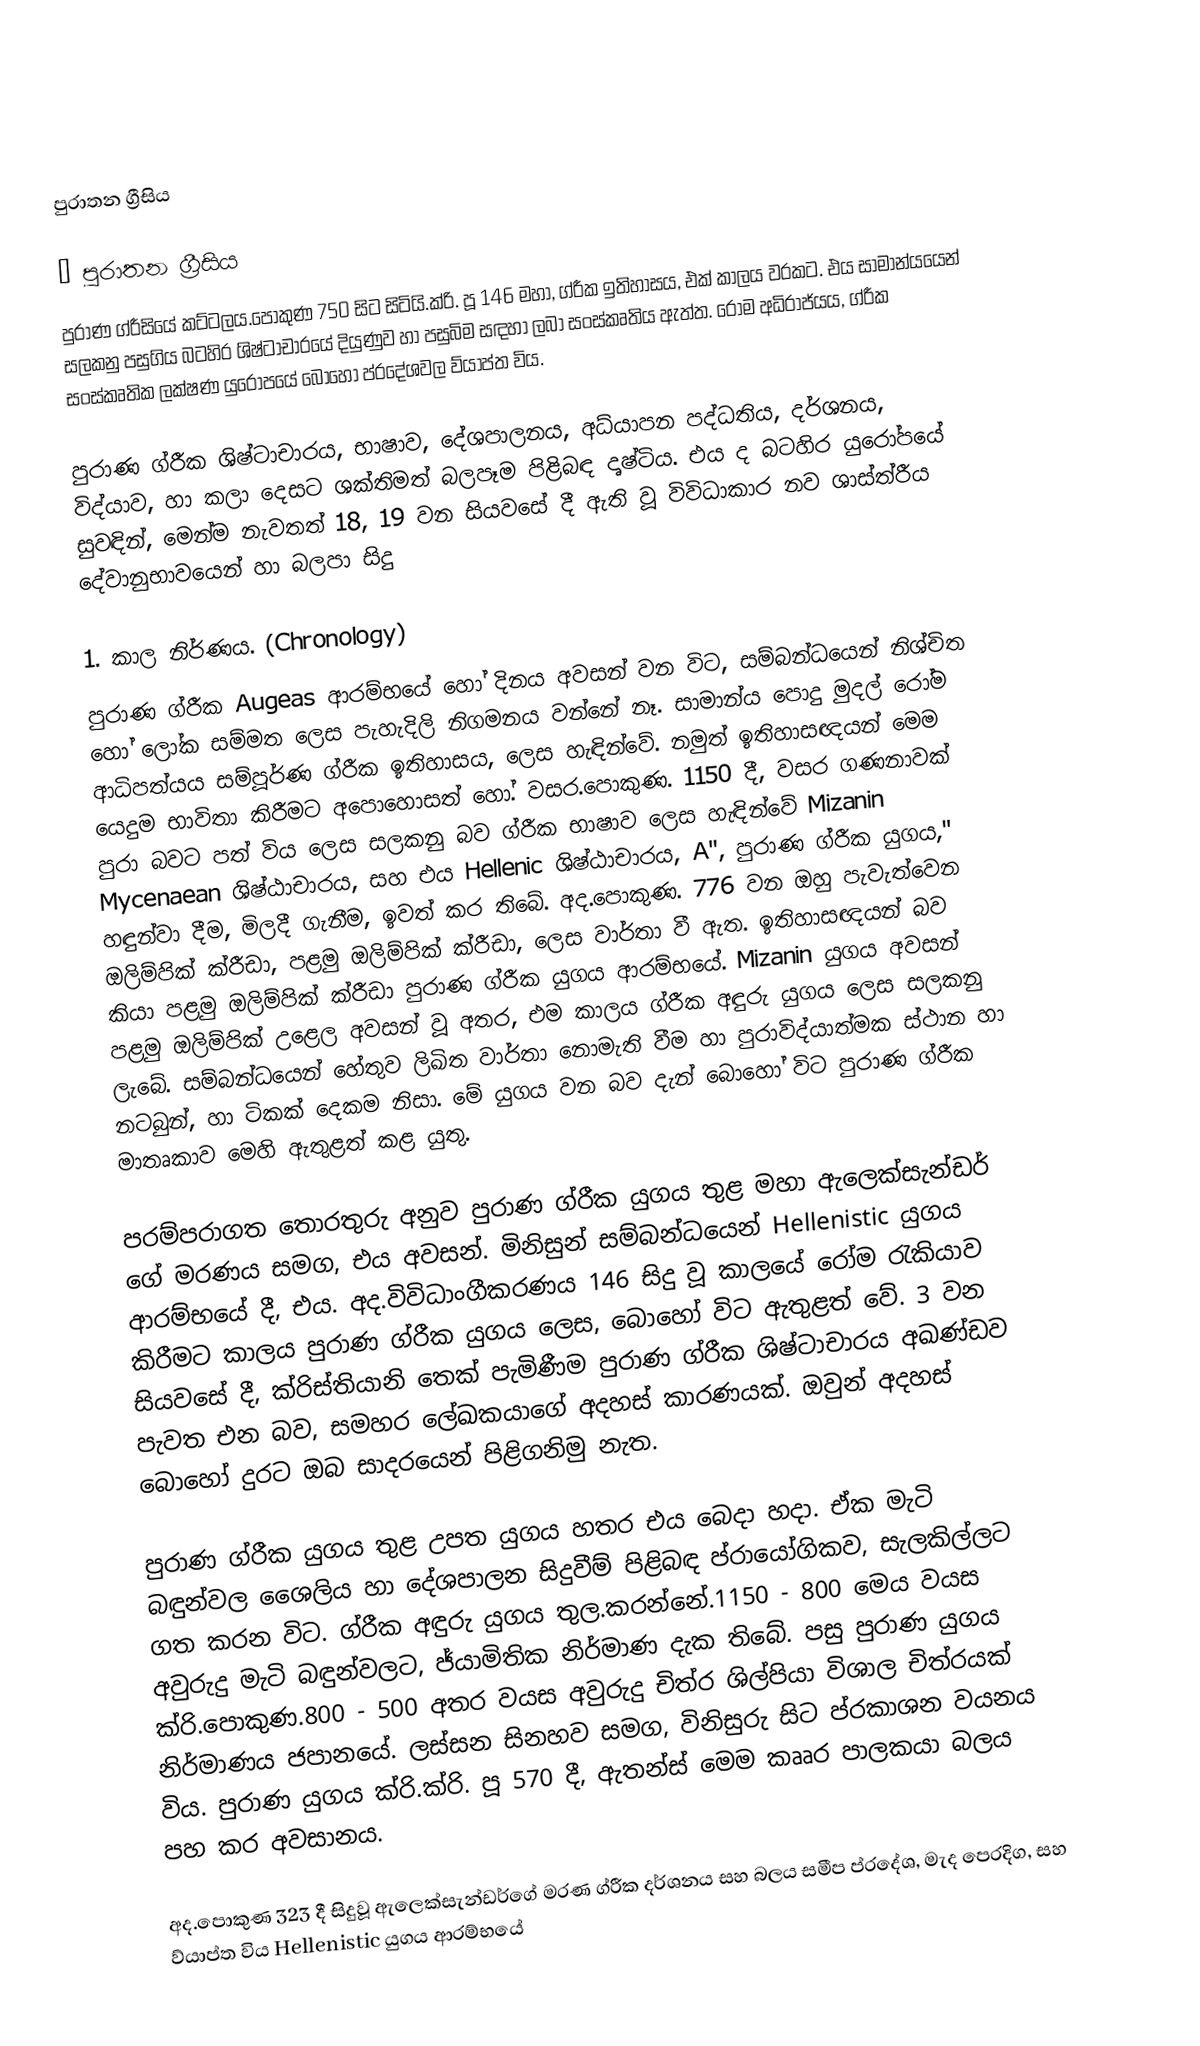

පුරාතන ග්‍රීසිය

★ පුරාතන ග්‍රීසිය
පුරාණ ග්රීසියේ කට්ටලය.පොකුණ 750 සිට සිටියි.ක්රි. පූ 146 මහා, ග්රීක ඉතිහාසය, එක් කාලය වරකට. එය සාමාන්යයෙන් සලකනු පසුගිය බටහිර ශිෂ්ටාචාරයේ දියුණුව හා පසුබිම සඳහා ලබා සංස්කෘතිය ඇත්ත. රෝම අධිරාජ්යය, ග්රීක සංස්කෘතික ලක්ෂණ යුරෝපයේ බොහෝ ප්රදේශවල ව්යාප්ත විය.

පුරාණ ග්රීක ශිෂ්ටාචාරය, භාෂාව, දේශපාලනය, අධ්යාපන පද්ධතිය, දර්ශනය, විද්යාව, හා කලා දෙසට ශක්තිමත් බලපෑම පිළිබඳ දෘෂ්ටිය. එය ද බටහිර යුරෝපයේ සුවඳින්, මෙන්ම නැවතත් 18, 19 වන සියවසේ දී ඇති වූ විවිධාකාර නව ශාස්ත්රීය දේවානුභාවයෙන් හා බලපා සිදු

1. කාල නිර්ණය. (Chronology)
පුරාණ ග්රීක Augeas ආරම්භයේ හෝ දිනය අවසන් වන විට, සම්බන්ධයෙන් නිශ්චිත හෝ ලෝක සම්මත ලෙස පැහැදිලි නිගමනය වන්නේ නෑ. සාමාන්ය පොදු මුදල් රෝම ආධිපත්යය සම්පූර්ණ ග්රීක ඉතිහාසය, ලෙස හැඳින්වේ. නමුත් ඉතිහාසඥයන් මෙම යෙදුම භාවිතා කිරීමට අපොහොසත් හෝ. වසර.පොකුණ. 1150 දී, වසර ගණනාවක් පුරා බවට පත් විය ලෙස සලකනු බව ග්රීක භාෂාව ලෙස හැඳින්වේ Mizanin Mycenaean ශිෂ්ඨාචාරය, සහ එය Hellenic ශිෂ්ඨාචාරය, A", පුරාණ ග්රීක යුගය," හඳුන්වා දීම, මිලදී ගැනීම, ඉවත් කර තිබේ. අද.පොකුණ. 776 වන ඔහු පැවැත්වෙන ඔලිම්පික් ක්රීඩා, පළමු ඔලිම්පික් ක්රීඩා, ලෙස වාර්තා වී ඇත. ඉතිහාසඥයන් බව කියා පළමු ඔලිම්පික් ක්රීඩා පුරාණ ග්රීක යුගය ආරම්භයේ. Mizanin යුගය අවසන් පළමු ඔලිම්පික් උළෙල අවසන් වූ අතර, එම කාලය ග්රීක අඳුරු යුගය ලෙස සලකනු ලැබේ. සම්බන්ධයෙන් හේතුව ලිඛිත වාර්තා නොමැති වීම හා පුරාවිද්යාත්මක ස්ථාන හා නටබුන්, හා ටිකක් දෙකම නිසා. මේ යුගය වන බව දැන් බොහෝ විට පුරාණ ග්රීක මාතෘකාව මෙහි ඇතුළත් කළ යුතු.

පරම්පරාගත තොරතුරු අනුව පුරාණ ග්රීක යුගය තුළ මහා ඇලෙක්සැන්ඩර් ගේ මරණය සමග, එය අවසන්. මිනිසුන් සම්බන්ධයෙන් Hellenistic යුගය ආරම්භයේ දී, එය. අද.විවිධාංගීකරණය 146 සිදු වූ කාලයේ රෝම රැකියාව කිරීමට කාලය පුරාණ ග්රීක යුගය ලෙස, බොහෝ විට ඇතුළත් වේ. 3 වන සියවසේ දී, ක්රිස්තියානි තෙක් පැමිණීම පුරාණ ග්රීක ශිෂ්ටාචාරය අඛණ්ඩව පැවත එන බව, සමහර ලේඛකයාගේ අදහස් කාරණයක්. ඔවුන් අදහස් බොහෝ දුරට ඔබ සාදරයෙන් පිළිගනිමු නැත.

පුරාණ ග්රීක යුගය තුළ උපත යුගය හතර එය බෙදා හදා. ඒක මැටි බඳුන්වල ශෛලිය හා දේශපාලන සිදුවීම් පිළිබඳ ප්රායෝගිකව, සැලකිල්ලට ගත කරන විට. ග්රීක අඳුරු යුගය තුල.කරන්නේ.1150 - 800 මෙය වයස අවුරුදු මැටි බඳුන්වලට, ජ්යාමිතික නිර්මාණ දැක තිබේ. පසු පුරාණ යුගය ක්රි.පොකුණ.800 - 500 අතර වයස අවුරුදු චිත්ර ශිල්පියා විශාල චිත්රයක් නිර්මාණය ජපානයේ. ලස්සන සිනහව සමග, විනිසුරු සිට ප්රකාශන වයනය විය. පුරාණ යුගය ක්රි.ක්රි. පූ 570 දී, ඇතන්ස් මෙම කෲර පාලකයා බලය පහ කර අවසානය.

අද.පොකුණ 323 දී සිදුවූ ඇලෙක්සැන්ඩර්ගේ මරණ ග්රීක දර්ශනය සහ බලය සමීප ප්රදේශ, මැද පෙරදිග, සහ ව්යාප්ත විය Hellenistic යුගය ආරම්භයේ